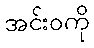
အင်းဝကို